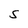
Character: S